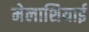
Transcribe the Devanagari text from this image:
मेलाशियाई